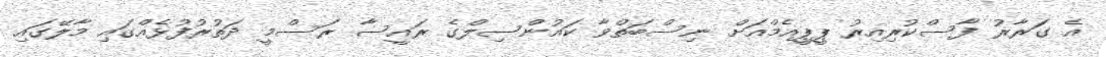
އެ ގަރާރު ފާސްކުރިއިރު ޕީޕީއެމްއަށް ނިސްބަތްވާ ކައުންސިލްގެ ރައީސާ ރަސްމީ ދަތުރުފުޅެއްގައި މާލޭގައި